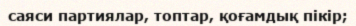
саяси партиялар, топтар, қоғамдық пікір;